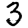
Digit: 3